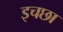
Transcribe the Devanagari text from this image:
इचछा